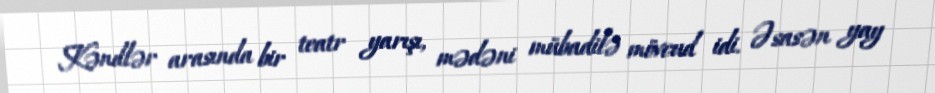
Kəndlər arasında bir teatr yarışı, mədəni mübadilə mövcud idi. Əsasən yay